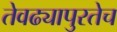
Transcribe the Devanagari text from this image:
तेवढ्यापुरतेच